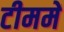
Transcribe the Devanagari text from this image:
टीममें